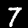
Digit: 7